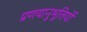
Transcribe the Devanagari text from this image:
प्रणयानुभूतियों